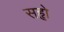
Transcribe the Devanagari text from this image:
सहृो